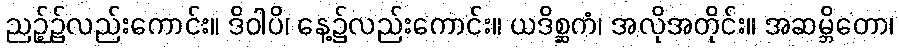
ညဉ့်၌လည်းကောင်း။ ဒိဝါပိ၊ နေ့၌လည်းကောင်း။ ယဒိစ္ဆကံ၊ အလိုအတိုင်း။ အဆမ္ဘိတော၊